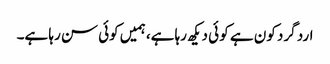
ارد گرد کون ہے کو ئی دیکھ رہا ہے، ہمیں کوئی سن رہا ہے۔